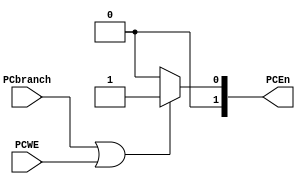
`timescale 1ns / 1ps

module ORgate(PCEn,PCWE,PCbranch);
input PCbranch,PCWE;
output reg [1:0] PCEn;
 always @(*)
    begin
    if(PCbranch || PCWE) PCEn =1;
    else
    PCEn = 0;
    end
endmodule